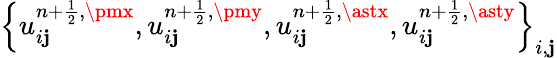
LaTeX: \left\{ u_{i\mathbf{j}}^{{n+\frac{{1}}{{2}}},\pmx},u_{i\mathbf{j}}^{{n+\frac{{1}}{{2}}},\pmy},u_{i\mathbf{j}}^{{n+\frac{{1}}{{2}}},\astx},u_{i\mathbf{j}}^{{n+\frac{{1}}{{2}}},\asty}\right\} _{i,\mathbf{j}}